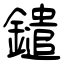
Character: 鑓